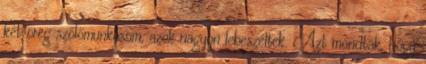
két öreg szőlőmunkásom, azok nagyon lebeszéltek. Azt mondták, hogy